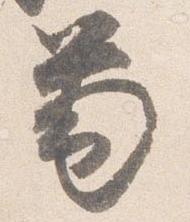
筆